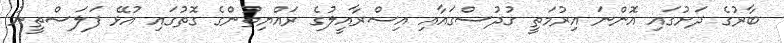
ބާރުގެ ދަށުގައި އޮންނަ އިރުމަތީ ގުދުސްގައާއި އިސްރާއީލުގެ ރައްޔިތުންގެ ގޮތުގައި އުޅޭ ފަލަސްތީނު